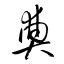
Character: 奠